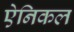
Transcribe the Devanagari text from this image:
ऐनिकल